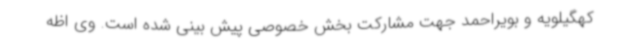
کهگیلویه و بویراحمد جهت مشارکت بخش خصوصی پیش بینی شده است. وی اظه